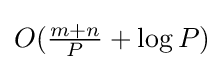
{\textstyle O({\frac {m+n}{P}}+\log {P})}